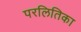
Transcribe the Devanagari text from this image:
परलितिका